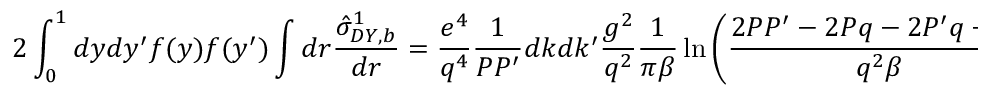
2 \int _ { 0 } ^ { 1 } d y d y ^ { \prime } f ( y ) f ( y ^ { \prime } ) \int d r \frac { \hat { \sigma } _ { D Y , b } ^ { 1 } } { d r } = \frac { e ^ { 4 } } { q ^ { 4 } } \frac { 1 } { P P ^ { \prime } } d k d k ^ { \prime } \frac { g ^ { 2 } } { q ^ { 2 } } \frac { 1 } { \pi \beta } \ln \left( \frac { 2 P P ^ { \prime } - 2 P q - 2 P ^ { \prime } q + q ^ { 2 } } { q ^ { 2 } \beta } \right)